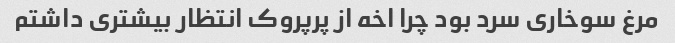
مرغ سوخاری سرد بود چرا اخه از پرپروک انتظار بیشتری داشتم